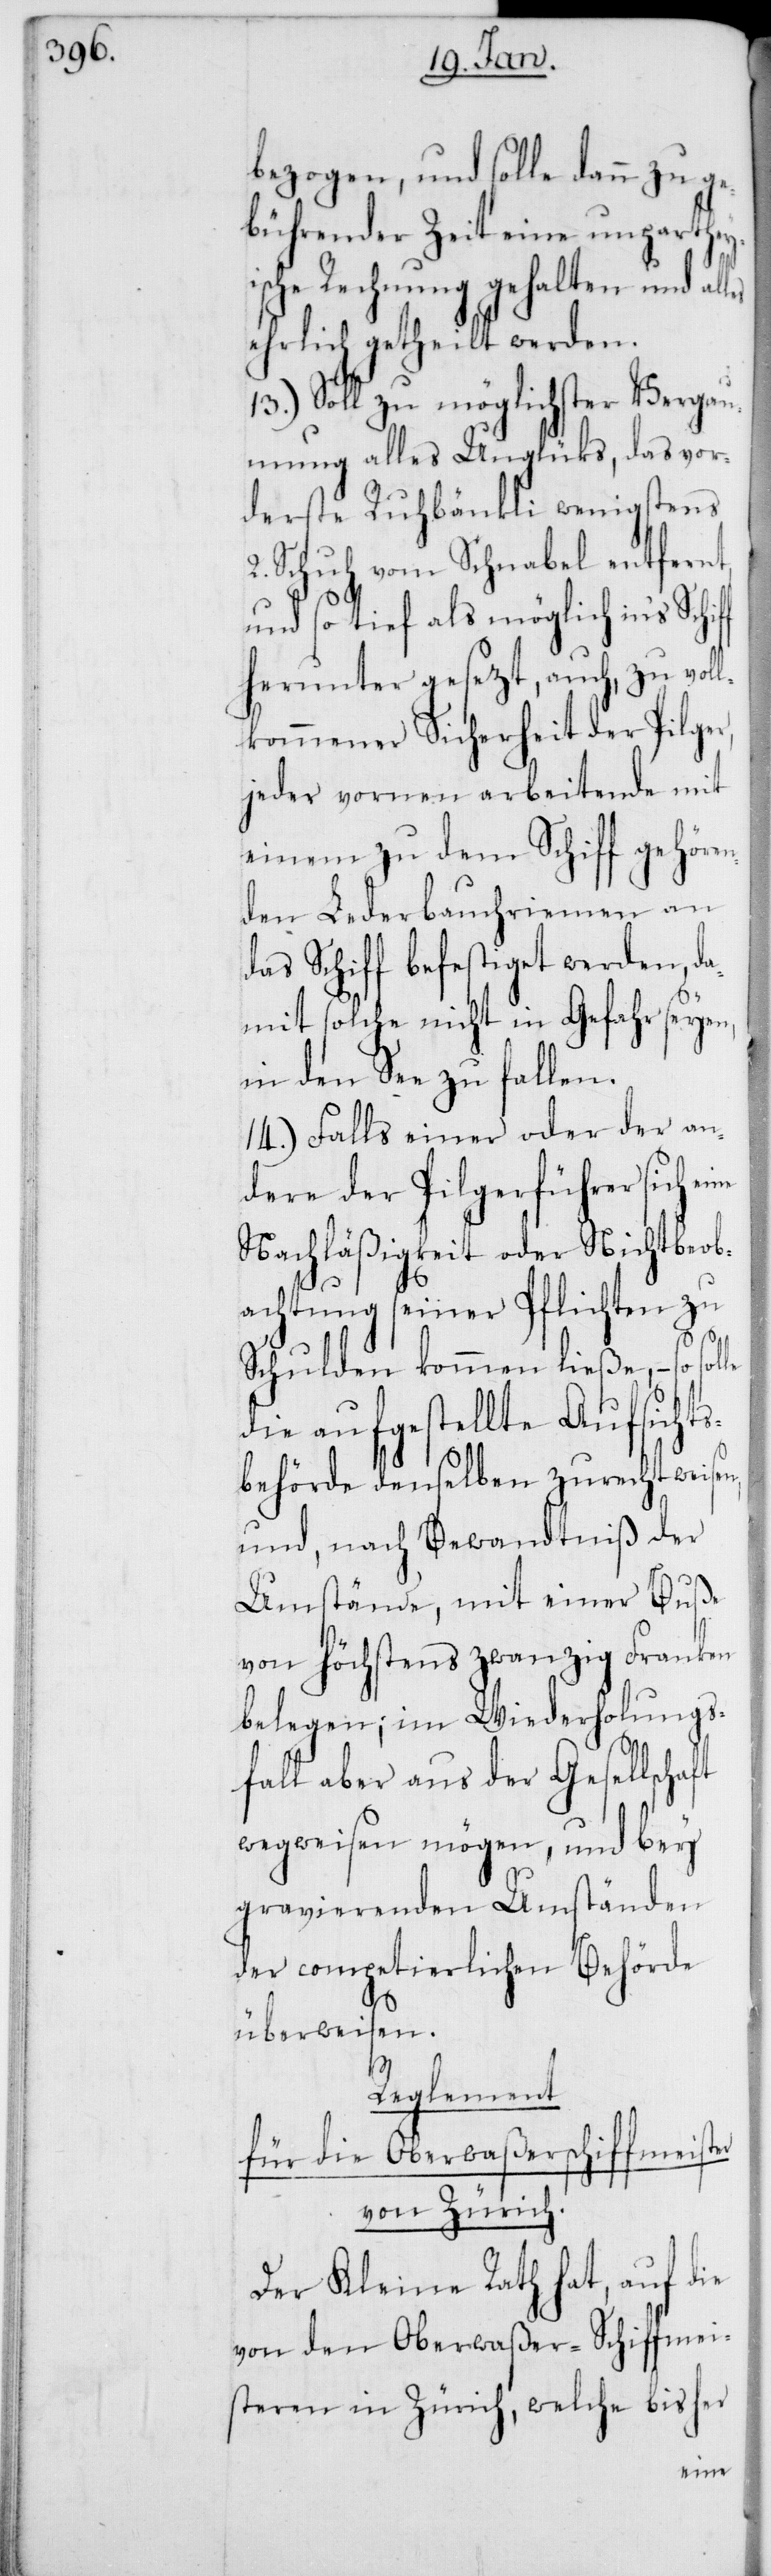
bezogen, und solle dann zu ge¬
bührender Zeit eine unparthey¬
ische Rechnung gehalten und al¬
ehrlich getheilt werden.
13.) Soll zu möglichster Vergau¬
mung alles Unglücks, das vor¬
derste Ruderbänkli wenigstens
2. Schuh vom Schnabel entfernt,
und so tief als möglich in‘s Schif¬
herunter gesezt, auch, zu voll¬
kommener Sicherheit der Pilger,
jeder vornen arbeitende mit
einem zu dem Schiff gehören¬
den Lederbauchriemen an
das Schiff befestiget werden, da¬
mit solche nicht in Gefahr seyen,
in den See zu fallen.
14.) Falls einer oder der an¬
dere der Pilgerführer sich
Nachläßigkeit oder Nichtbeob¬
ft
achtung seiner Pflichten zu
Schulden kommen ließe, – so
die aufgestellte Aufsichts¬
behörde denselben zurechtweisen,
und nach Bewandtniß der
Umstände, mit einer Buße
von höchstens zwanzig Franken
belegen; im Wiederholungs¬
fall aber aus der Gesellscha¬
wegweisen mögen, und bey
gravierenden Umständen
der competierlichen Behörde
überweisen.
Reglement
für die Oberwaßerschiffmeister
von Zürich.
Der Kleine Rath hat, auf die
von den Oberwaßer-Schiffmei¬
steren in Zürich, welche bisher
eine